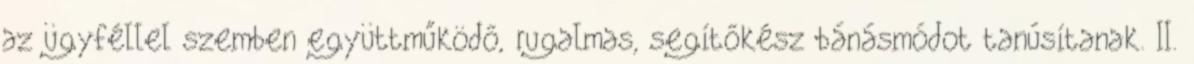
az ügyféllel szemben együttműködő, rugalmas, segítőkész bánásmódot tanúsítanak. II.